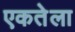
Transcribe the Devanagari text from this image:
एकतेला